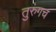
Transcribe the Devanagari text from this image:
तुरुंगच